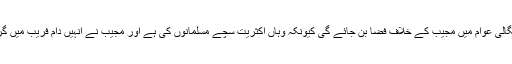
’’انشاء اللہ بنگالی عوام میں مجیب کے خلاف فضا بن جائے گی کیونکہ وہاں اکثریت سچے مسلمانوں کی ہے اور مجیب نے انہیں دام فریب میں گرفتار کیا تھا۔